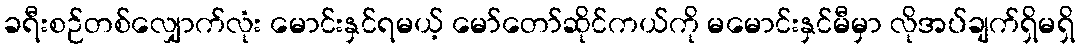
ခရီးစဉ်တစ်လျှောက်လုံး မောင်းနှင်ရမယ့် မော်တော်ဆိုင်ကယ်ကို မမောင်းနှင်မီမှာ လိုအပ်ချက်ရှိမရှိ